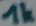
Text: 1k